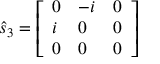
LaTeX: { \hat { s } } _ { 3 } = { \left[ \begin{array} { l l l } { 0 } & { - i } & { 0 } \\ { i } & { 0 } & { 0 } \\ { 0 } & { 0 } & { 0 } \end{array} \right] }